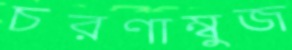
চরণাম্বুজ